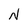
Character: N